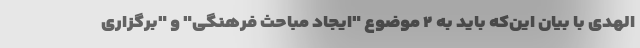
‌الهدی با بیان این‌که باید به ۲ موضوع "ایجاد مباحث فرهنگی" و "برگزاری